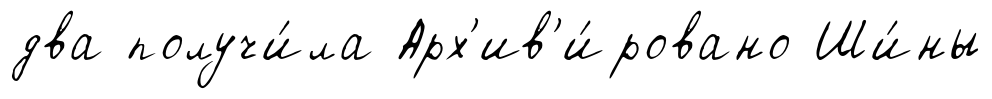
два получи́ла Арх'ив'и́ровано Ши́ны